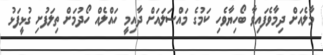
މާލެއަށް ދިމާވެފައިވާ ބޯހިޔާވެހި ކަމުގެ މައްސަލައަށް ދާއިމީ ހައްލެއް ހޯދުމަށް ތިލަފުށި ގުޅީފަޅު